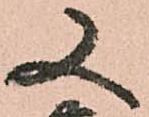
又